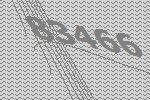
83466